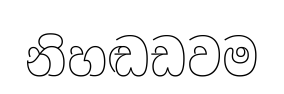
නිහඬඩවම